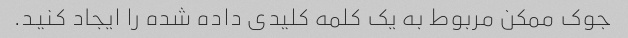
جوک ممکن مربوط به یک کلمه کلیدی داده شده را ایجاد کنید.